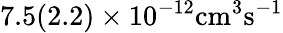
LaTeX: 7.5(2.2)\times 10^{-12}\mathrm{{cm}^{3}\mathrm{{s}^{-1}}}